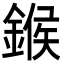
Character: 鍭